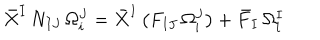
\bar { X } ^ { I } \, N _ { I J } \, \Omega _ { i } ^ { J } = \bar { X } ^ { I } \, \big ( F _ { I J } \, \Omega _ { i } ^ { J } \big ) + \bar { F } _ { I } \, \Omega _ { i } ^ { I }